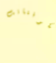
الكوفنانت